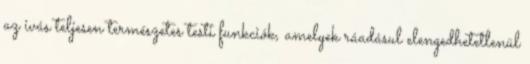
az ivás teljesen természetes testi funkciók, amelyek ráadásul elengedhetetlenül